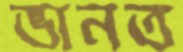
ভানত